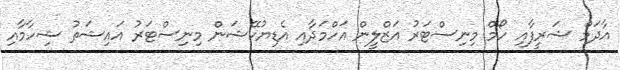
އާދަމް ޝަރީފާއި ހޯމް މިނިސްޓަރު އަޒްލީން އަހްމަދާއި އެޑިޔުކޭޝަން މިނިސްޓަރު އައިޝަތު ޝިހާމާއި